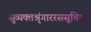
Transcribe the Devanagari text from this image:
सुव्यक्तश्रृंगाररससूचिका